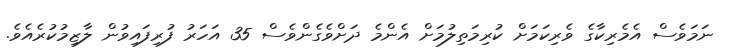
ނަމަވެސް އެމެރިކާގެ ވެރިކަމަށް ކުރިމަތިލުމަށް އެންމެ ދަށްވެގެންވެސް 35 އަހަރު ފުރިފައިވުން ލާޒިމުކުރެއެވެ.